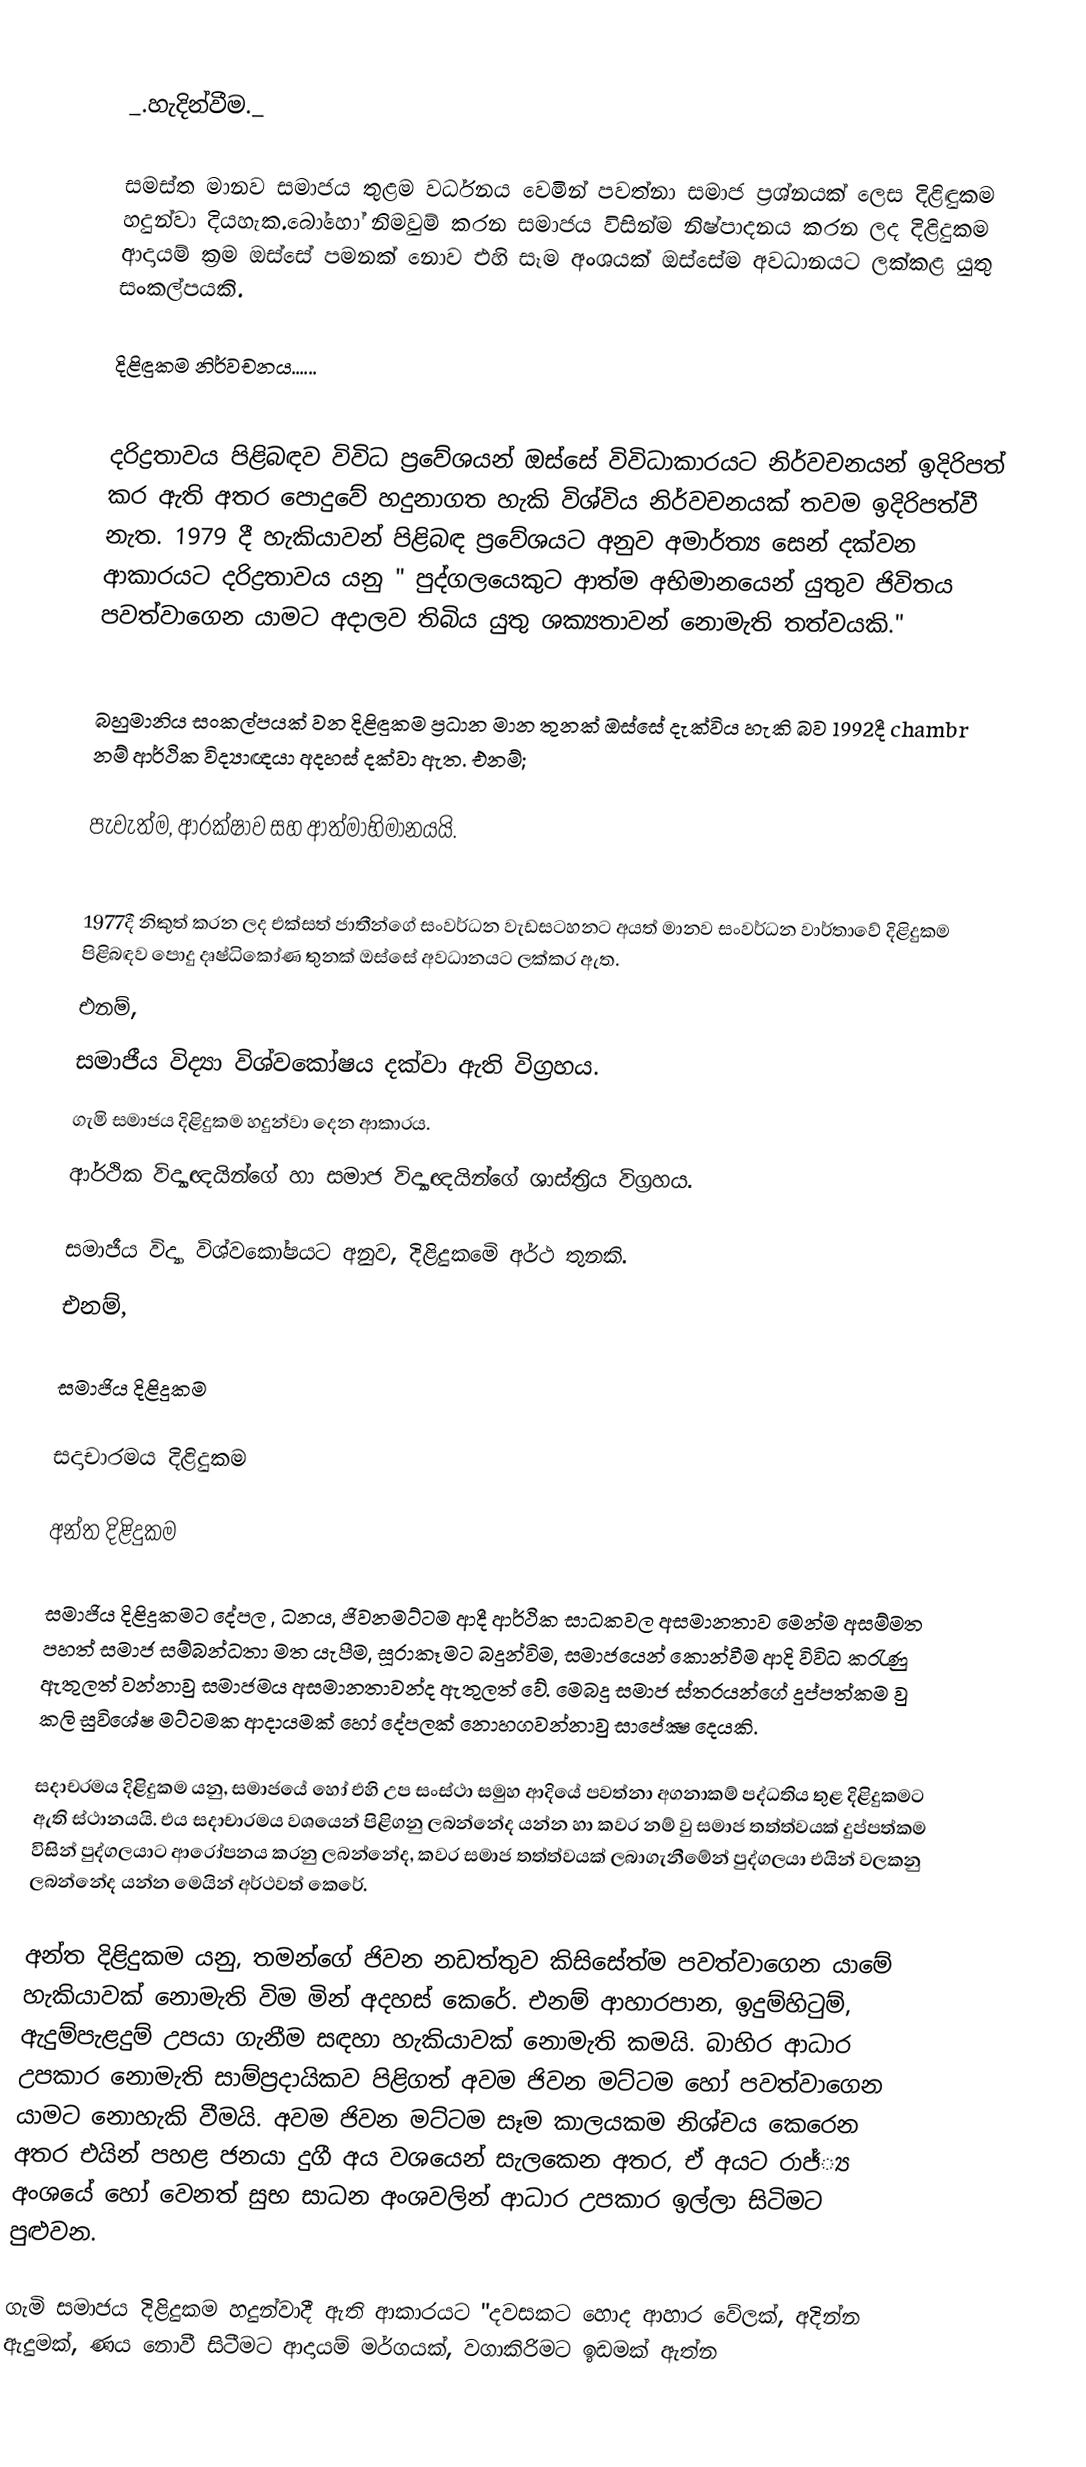

_.හැදින්වීම._

සමස්ත මානව සමාජය තුළම වර්ධනය වෙමින් පවත්නා සමාජ ප්‍රශ්නයක් ලෙස දිළිඳුකම හදුන්වා දියහැක.‍බෝහෝ නිමවුම් කරන සමාජය විසින්ම නිෂ්පාදනය කරන ලද දිළිදුකම ආදායම් ක්‍රම ඔස්සේ පමනක් නොව එහි සෑම අංශයක් ඔස්සේම අවධානයට ලක්කළ යුතු සංකල්පයකි.

දිළිඳුකම නිර්වචනය......

දරිද්‍රතාවය පිළිබඳව විවිධ ප්‍ර‍‍‍වේශයන් ඔස්සේ විවිධාකාරයට නිර්වචනයන් ඉදිරිපත් කර ඇති අතර ‍පොදුවේ හදුනාගත හැකි විශ්විය නිර්වචනයක් තවම ඉදිරිපත්වී නැත. 1979 දී හැකියාවන් පිළිබඳ ප්‍ර‍වේශයට අනුව අමාර්ත්‍ය සෙන් දක්වන ආකාරයට දරිද්‍රතාවය යනු " පුද්ගලයෙකුට ආත්ම අභිමානයෙන් යුතුව ජිවිතය පවත්වාගෙන යාමට අදාලව තිබිය යුතු ශක්‍යතාවන් නොමැති තත්වයකි."

බහුමානිය සංකල්පයක් වන දිළිඳුකම ප්‍රධාන මාන තුනක් ඔස්සේ දැක්විය හැකි බව 1992දී chambr නම් ආර්ථික විද්‍යාඥයා අදහස් දක්වා ඇත. එනම්;

පැවැත්ම, ආරක්ෂාව සහ ආත්මාභිමානයයි.

1977දී නිකුත් කරන ලද එක්සත් ජාතීන්ගේ සංවර්ධන වැඩසටහනට අයත් මානව සංවර්ධන වාර්තාවේ දිළිදුකම පිළිබඳව පොදු දෘෂ්ධිකෝණ තුනක් ඔස්සේ අවධානයට ලක්කර ඇත.
එනම්,
සමාජීය විද්‍යා විශ්වකෝෂය දක්වා ඇති විග්‍රහය.
ගැමි සමාජය දිළිදුකම හදුන්වා දෙන ආකාරය.
ආර්ථික විද්‍යාඥයින්ගේ හා සමාජ විද්‍යාඥයින්ගේ ශාස්ත්‍රිය විග්‍රහය.

		සමාජීය විද්‍යා විශ්වකෝෂයට අනුව, දිළිදුකමෙි අර්ථ තුනකි.
එනම්,

 සමාජිය දිළිදුකම

සදාචාරමය දිළිදුකම

අන්ත දිළිදුකම

සමාජිය දිළිදුකමට දේපල , ධනය, ජිවනමට්ටම ආදී ආර්ථික සාධකවල අසමානතාව මෙන්ම අසම්මත පහත් සමාජ සම්බන්ධතා මත යැපීම, සූරාකෑමට බදුන්විම, සමාජයෙන් කොන්වීම ආදි විවිධ කරැණු ඇතුලත් වන්නාවු සමාජමය අසමානතාවන්ද ඇතුලත් වේ. මෙබදු සමාජ ස්තරයන්ගේ දුප්පත්කම වු කලි සුවි‍ශේෂ මට්ටමක ආදායමක් හෝ දේපලක් නොහගවන්නාවු සාපේක්‍ෂ දෙයකි.

		සදාචරමය දිළිදුකම යනු, සමාජයේ හෝ එහි උප සංස්ථා සමුහ ආදියේ පවත්නා අගනාකම් පද්ධතිය තුළ දිළිදුකමට ඇති ස්ථානයයි. එය සදාචාරමය වශයෙන් පිළිගනු ලබන්නේද යන්න හා කවර නම් වු සමාජ තත්ත්වයක් දුප්පත්කම විසින් පුද්ගලයාට ආරෝපනය කරනු ලබන්නේද, කවර සමාජ තත්ත්වයක් ලබාගැනීමේන් පුද්ගලයා එයින් වලකනු ලබන්නේද යන්න මෙයින් අර්ථවත් කෙරේ.

		අන්ත දිළිදුකම යනු, තමන්ගේ ජිවන නඩත්තුව කිසිසේත්ම පවත්වාගෙන යාමේ හැකියාවක් නොමැති විම මින් අදහස් කෙරේ. එනම් ආහාරපාන, ඉදුම්හිටුම්, ඇදුම්පැළදුම් උපයා ගැනීම සඳහා හැකියාවක් නොමැති කමයි. බාහිර ආධාර උපකාර නොමැති සාම්ප්‍රදායිකව පිළිගත් අවම ජිවන මට්ටම හෝ පවත්වාගෙන යාමට නොහැකි වීමයි. අවම ජිවන මට්ටම සෑම කාලයකම නිශ්චය කෙරෙන අතර එයින් පහළ ජනයා දුගී අය වශයෙන් සැලකෙන අතර, ඒ අයට රාජ්්‍ය අංශයේ හෝ වෙනත් සුභ සාධන අංශවලින් ආධාර උපකාර ඉල්ලා සිටිමට පුළුවන.

		ගැමි සමාජය දිළිදුකම හදුන්වාදී ඇති ආකාරයට "දවසකට හොද ආහාර වේලක්, අදින්න ඇදුමක්, ණ‍ය නොවී සිටීමට ආදායම් මර්ගයක්, වගාකිරිමට ඉඩමක් ඇත්න